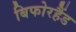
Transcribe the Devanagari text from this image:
बिफोरहैंड